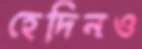
হেদিনও